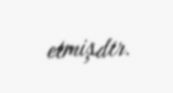
etmişdir.